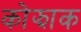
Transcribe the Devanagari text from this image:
कोझाक